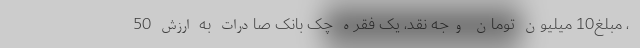
، مبلغ10 میلیون تومان وجه نقد، یک فقره چک بانک صادرات به ارزش 50